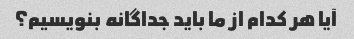
آیا هر کدام از ما باید جداگانه بنویسیم؟